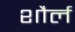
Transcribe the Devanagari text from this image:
शौर्ल